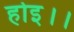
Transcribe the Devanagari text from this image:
होइ।।